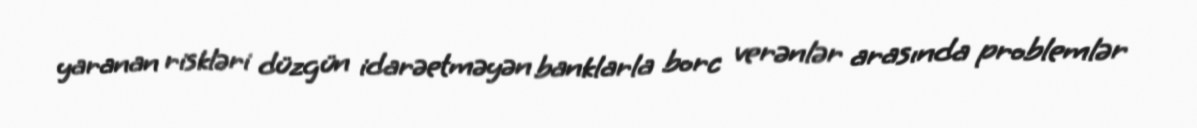
yaranan riskləri düzgün idarəetməyən banklarla borc verənlər arasında problemlər